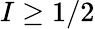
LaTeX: I\geq 1/2